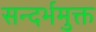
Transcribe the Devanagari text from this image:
सन्दर्भमुक्त